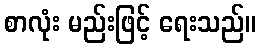
စာလုံး မည်းဖြင့် ရေးသည်။